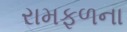
રામફળના